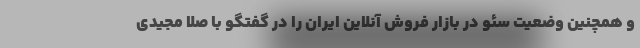
و همچنین وضعیت سئو در بازار فروش آنلاین ایران را در گفتگو با صلا مجیدی